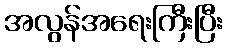
အလွန်အရေးကြီးပြီး